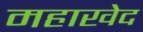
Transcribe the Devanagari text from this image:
महाखेद